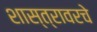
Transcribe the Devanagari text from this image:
शास्त्रावरचे